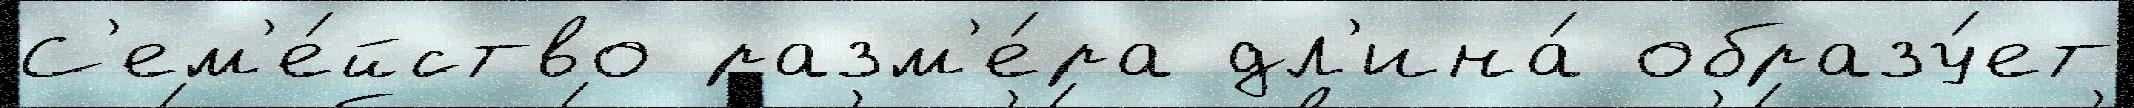
С'ем'е́йство разм'е́ра дл'ина́ образу́ет